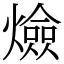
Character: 㷿